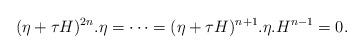
LaTeX: \begin{align*}(\eta+\tau H)^{2n}.\eta =\cdots=(\eta+\tau H)^{n+1}.\eta.H^{n-1}=0.\end{align*}